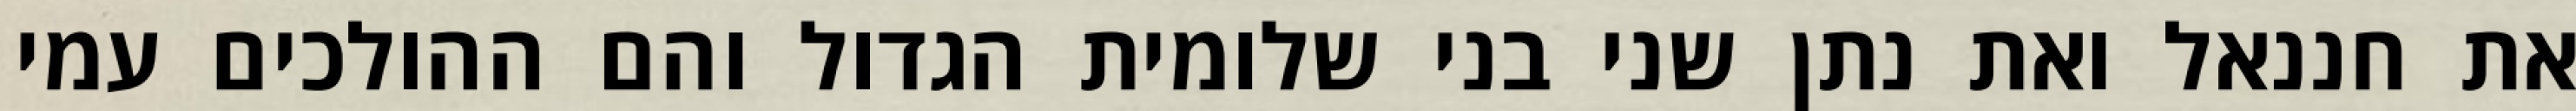
את חננאל ואת נתן שני בני שלומית הגדול והם ההולכים עמי